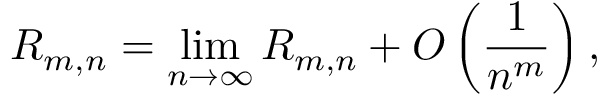
R _ { m , n } = \operatorname* { l i m } _ { n \to \infty } R _ { m , n } + O \left( { \frac { 1 } { n ^ { m } } } \right) ,